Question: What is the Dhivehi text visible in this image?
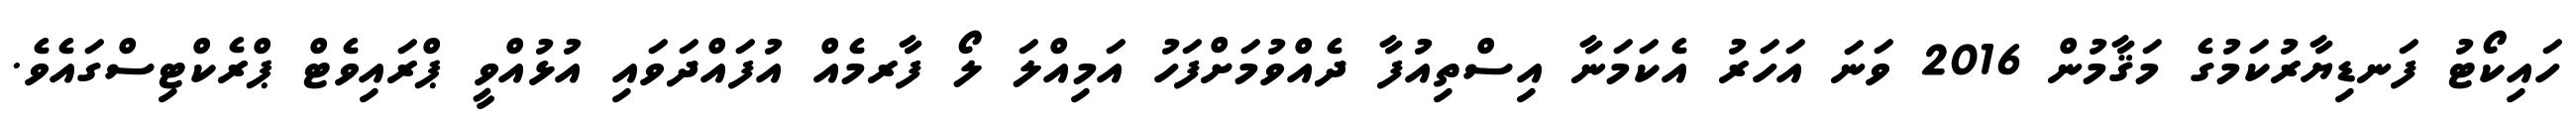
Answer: ހައިކޯޓު ފަނޑިޔާރުކަމުގެ މަޤާމުން 2016 ވަނަ އަހަރު އެކަމަނާ އިސްތިއުފާ ދެއްވުމަށްފަހު އަމިއްލަ ލޯ ފާރމެއް އުފައްދަވައި އުޅުއްވީ ޕްރައިވެޓް ޕްރެކްޓިސްގައެވެ.